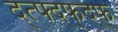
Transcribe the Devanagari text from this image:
द्त्फ्द्फ्द्फ्